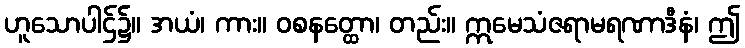
ဟူသောပါဌ်၌။ အယံ၊ ကား။ ဝစနတ္ထော၊ တည်း။ ဣမေသံဇရာမရဏာဒီနံ၊ ဤ